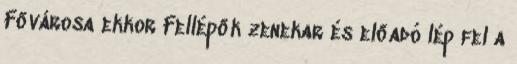
Fővárosa ekkor Fellépők zenekar és előadó lép fel a